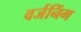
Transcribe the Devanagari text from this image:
वर्जनिंग